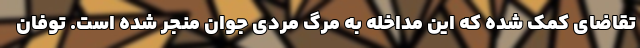
تقاضای کمک شده که این مداخله به مرگ مردی جوان منجر شده است. توفان